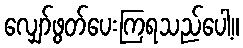
လျှော်ဖွတ်ပေးကြရသည်ပေါ့။